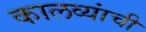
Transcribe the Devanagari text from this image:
कालव्यांची